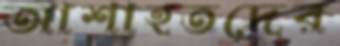
আশাহতদের